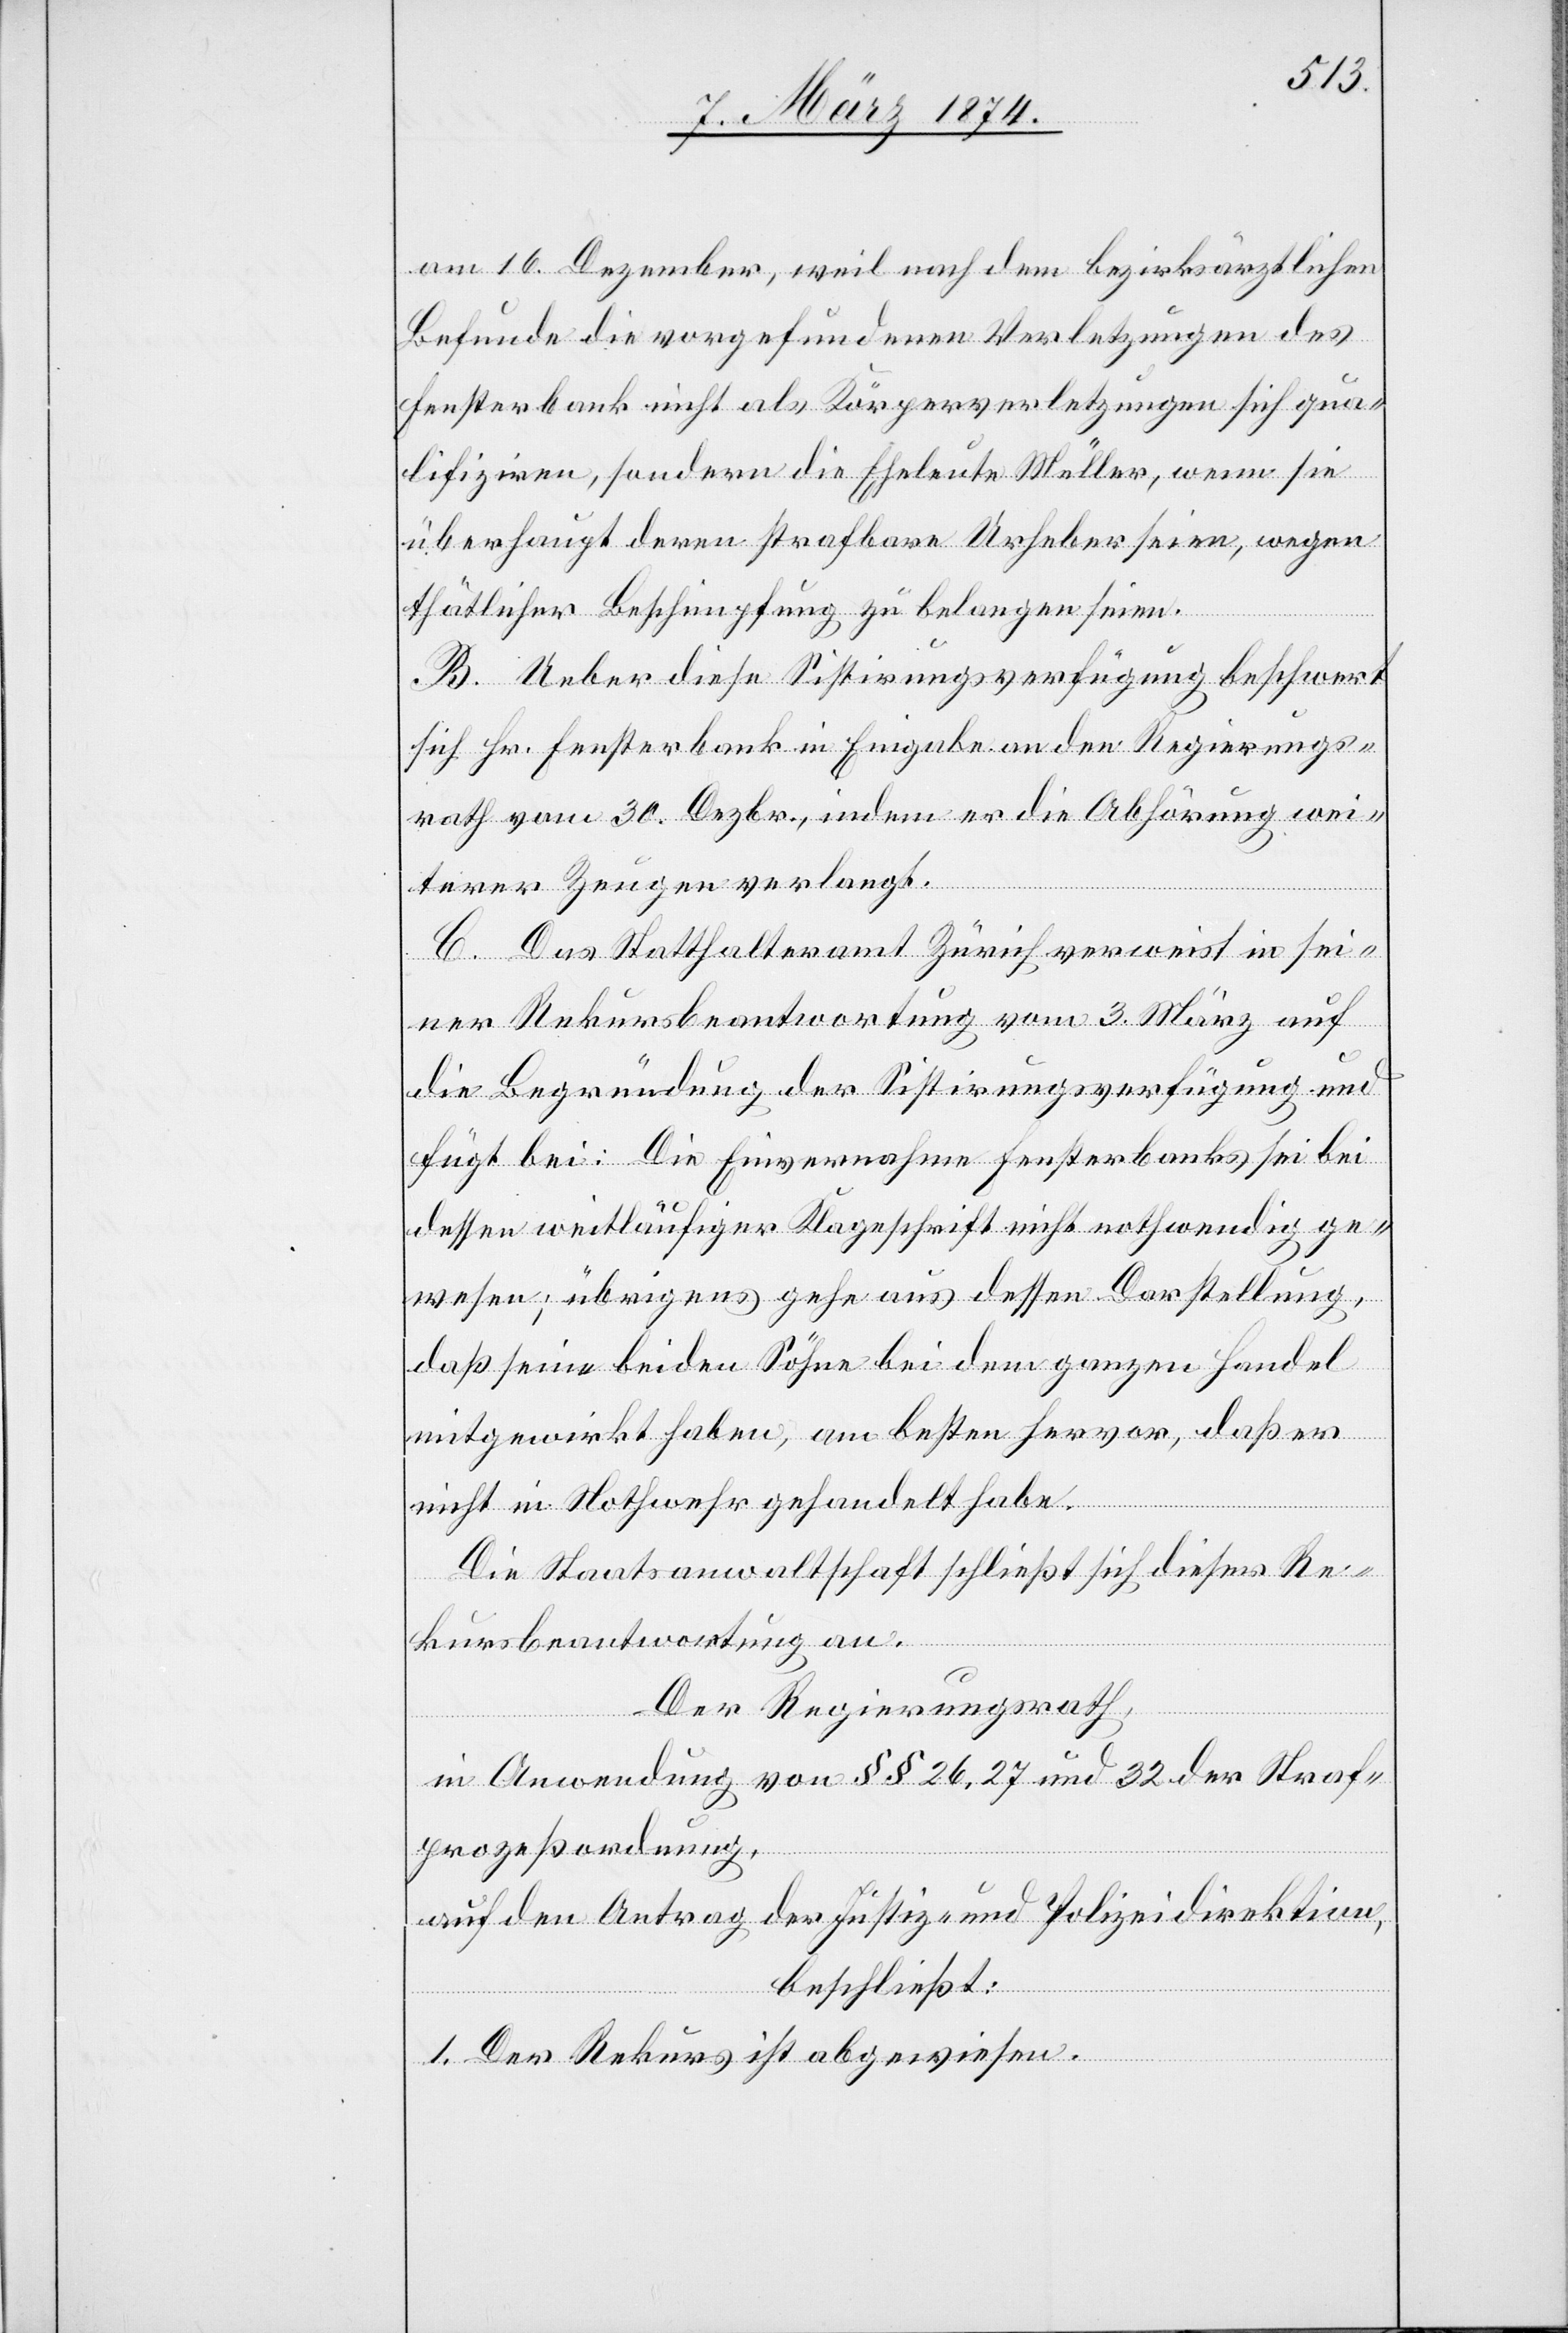
am 16. Dezember, weil nach dem bezirksärztlichen
Befunde die vorgefundenen Verletzungen des
Fensterbank nicht als Körperverletzungen sich qua¬
lifiziren, sondern die Eheleute Müller, wenn sie
überhaupt deren strafbare Urheber seien, wegen
thätlicher Beschimpfung zu belangen seien.
B. Ueber diese Sistirungsverfügung beschwert
sich Hr. Fensterbank in Eingabe an den Regierungs¬
rath vom 30. Dezbr., indem er die Abhörung wei¬
terer Zeugen verlangt.
C. Das Statthalteramt Zürich verweist in sei¬
ner Rekursbeantwortung vom 3. März auf
die Begründung der Sistirungsverfügung und
fügt bei: Die Einvernahme Fensterbanks sei bei
dessen weitläufiger Klageschrift nicht nothwendig ge¬
wesen; übrigens gehe aus dessen Darstellung,
daß seine beiden Söhne bei dem ganzen Handel
mitgewirkt haben, am besten hervor, daß er
nicht in Nothwehr gehandelt habe.
Die Staatsanwaltschaft schließt sich dieser Re¬
kursbeantwortung an.
Der Regierungsrath,
in Anwendung von §§ 26, 27 und 32 der Straf¬
prozeßordnung,
auf den Antrag der Justiz- und Polizeidirektion,
beschließt:
1. Der Rekurs ist abgewiesen.